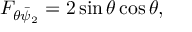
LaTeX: F _ { \theta \bar { \psi } _ { 2 } } = 2 \sin \theta \cos \theta ,